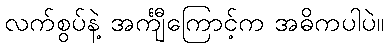
လက်စွပ်နဲ့ အင်္ကျီကြောင့်က အဓိကပါပဲ။